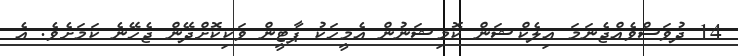
14 ދުވަސްވެއްޖެނަމަ އިލެކްޝަން ކޮމިޝަނުން އެމީހަކު ޕާޓީން ވަކިކޮށްދޭން ޖެހޭނެ ކަމަށެވެ. އެ